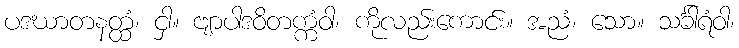
ပဒဃာတနတ္ထံ၊ ငှါ။ ဗျာပါဒဝိတက္ကံဝါ၊ ကိုလည်းကောင်း။ အညံ၊ သော။ သင်္ခါရံဝါ၊